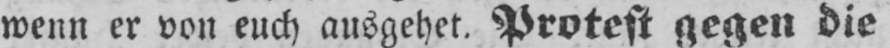
wenn er von euch ausgehet. Protest gegen die